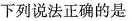
下列说法正确的是